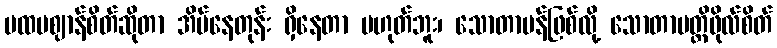
ပထမဈာန်စိတ်ဆိုတာ အိပ်နေတုန်း ရှိနေတာ မဟုတ်ဘူး၊ သောတာပန်ဖြစ်လို့ သောတာပတ္တိဖိုလ်စိတ်